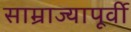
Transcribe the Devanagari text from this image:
साम्राज्यापूर्वी